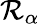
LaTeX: \mathcal{R}_{\alpha}